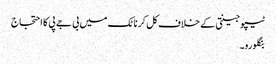
ٹیپو جینتی کے خلاف کل کرناٹک میں بی جے پی کا احتجاج
بنگلورو۔